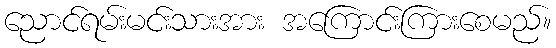
ညောင်ရမ်းမင်းသားအား အကြောင်းကြားစေမည်။